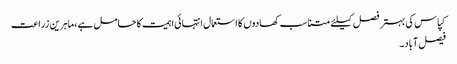
کپاس کی بہتر فصل کیلئے متناسب کھادوں کا استعمال انتہائی اہمیت کا حامل ہے،ماہرین زراعت
فیصل آباد۔